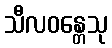
သီလဝန္တေသု